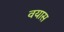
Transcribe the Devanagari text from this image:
वयास